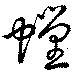
螳